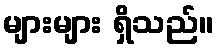
များများ ရှိသည်။